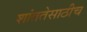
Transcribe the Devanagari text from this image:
शांततेसाठीच